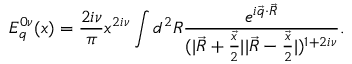
E _ { q } ^ { 0 \nu } ( x ) = { \frac { 2 i \nu } { \pi } } x ^ { 2 i \nu } \int d ^ { 2 } R { \frac { e ^ { i \vec { q } \cdot \vec { R } } } { ( \vert \vec { R } + { \frac { \vec { x } } { 2 } } \vert \vert \vec { R } - { \frac { \vec { x } } { 2 } } \vert ) ^ { 1 + 2 i \nu } } } .